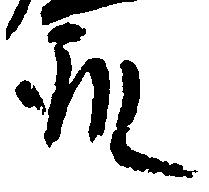
殿